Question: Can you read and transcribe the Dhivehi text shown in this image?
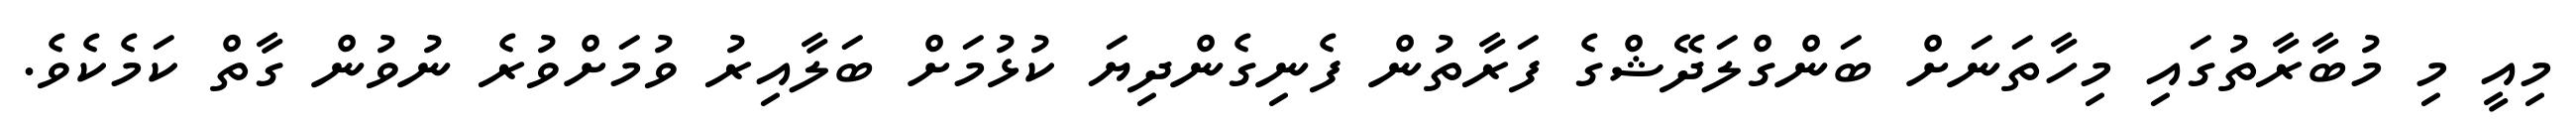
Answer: މިއީ މި މުބާރާތުގައި މިހާތަނަށް ބަންގްލަދޭޝްގެ ފަރާތުން ފެނިގެންދިޔަ ކުޅުމަށް ބަލާއިރު ވުމަށްވުރެ ނުވުން ގާތް ކަމެކެވެ.